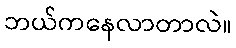
ဘယ်ကနေလာတာလဲ။